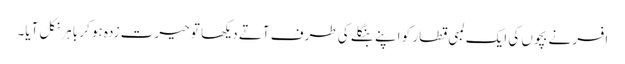
افسر نے بچوں کی ایک لمبی قطار کو اپنے بنگلے کی طرف آتے دیکھا تو حیرت زدہ ہو کر باہر نکل آیا۔